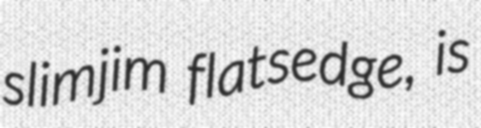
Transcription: slimjim flatsedge, is